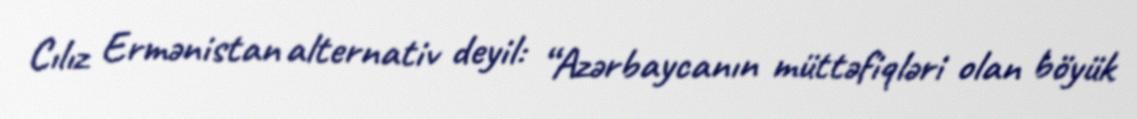
Cılız Ermənistan alternativ deyil: “Azərbaycanın müttəfiqləri olan böyük